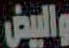
والبيض